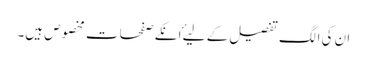
ان کی الگ تفصیل کے لیۓ انکے صفحات مخصوص ہیں۔